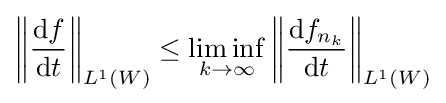
\left\|{\frac {\mathrm {d} f}{\mathrm {d} t}}\right\|_{L^{1}(W)}\leq \liminf _{k\to \infty }\left\|{\frac {\mathrm {d} f_{n_{k}}}{\mathrm {d} t}}\right\|_{L^{1}(W)}